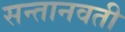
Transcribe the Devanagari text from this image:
सन्तानवती